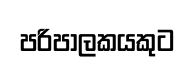
පරිපාලකයකුට